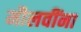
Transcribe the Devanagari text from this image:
मौलवींना